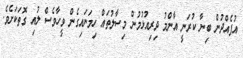
އުފެއްދުން ބިނާ ކުރަނީ އާންމު ދިރިއުޅުމުން މިސާލުތައް ހިމަނައިގެން ވީހާވެސް ލުއި ގޮތަކަށެވެ.